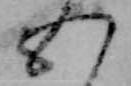
五